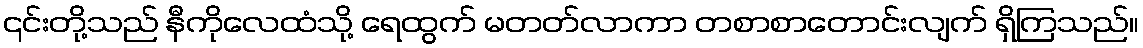
၎င်းတို့သည် နီကိုလေထံသို့ ရေထွက် မတတ်လာကာ တစာစာတောင်းလျက် ရှိကြသည်။